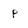
Character: p